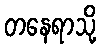
တနေရာသို့